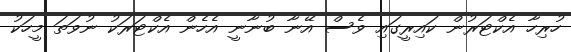
ހުރިހާ އެކްޓަރުން ކައިރީގައި ވެސް އޭނާ ބުނާނީ އެހެން އެކްޓަރަކު ނުވަތަ މީހަކު